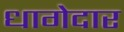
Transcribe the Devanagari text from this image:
धागेदार